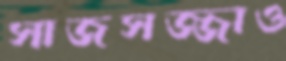
সাজসজ্জাও